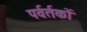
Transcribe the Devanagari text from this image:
पर्वर्तकों